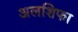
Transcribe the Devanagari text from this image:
अलशिफा